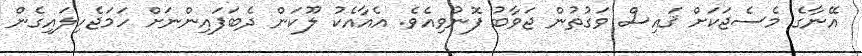
އޭނާގެ މެސެޖަކަށް ޤައިސް ވަގުތުން ޖަވާބު ފޮނުވިއެވެ. އެއާއެކު ލޫކަން ދެބަފައިންނަށް ހަމަޖެހިލައިގެން